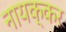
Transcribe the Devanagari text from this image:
नायक्कर